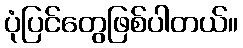
ပုံပြင်တွေဖြစ်ပါတယ်။